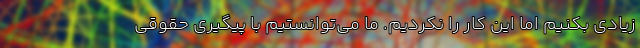
زیادی بکنیم اما این کار را نکردیم. ما می‌توانستیم با پیگیری حقوقی